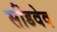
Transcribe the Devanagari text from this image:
सौंडवेव